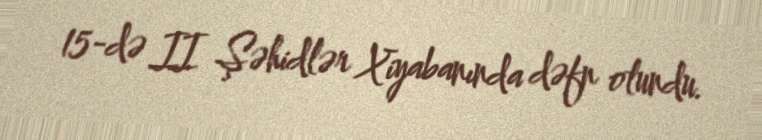
15-də II Şəhidlər Xiyabanında dəfn olundu.